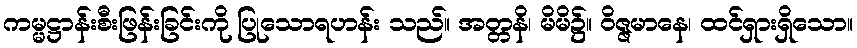
ကမ္မဋ္ဌာန်းစီးဖြန်းခြင်းကို ပြုသောရဟန်း သည်။ အတ္တနိ၊ မိမိ၌။ ဝိဇ္ဇမာနေ၊ ထင်ရှားရှိသော။